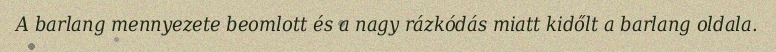
A barlang mennyezete beomlott és a nagy rázkódás miatt kidőlt a barlang oldala.